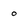
Character: o